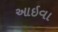
આઇવા